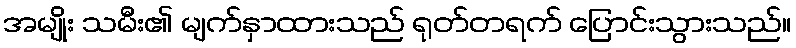
အမျိုး သမီး၏ မျက်နှာထားသည် ရုတ်တရက် ပြောင်းသွားသည်။